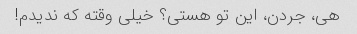
هی، جردن، این تو هستی؟ خیلی وقته که ندیدم!